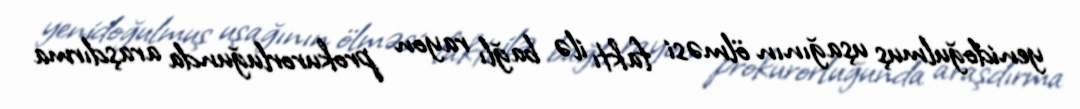
yenidoğulmuş uşağının ölməsi faktı ilə bağlı rayon prokurorluğunda araşdırma